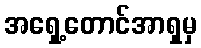
အရှေ့တောင်အာရှမှ